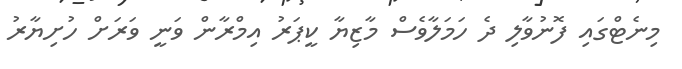
މިނެޓްގައި ފޮނުވާލި ދެ ހަމަލާވެސް މާޒިޔާ ކީޕަރު އިމްރާން ވަނީ ވަރަށް ހުށިޔާރު